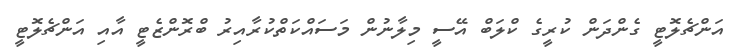
އަންޗެލޮޓީ ގެންދަން ކުރީގެ ކްލަބް އޭސީ މިލާނުން މަސައްކަތްކުރާއިރު ބްރޮންޒެޓީ އާއި އަންޗެލޮޓީ